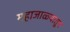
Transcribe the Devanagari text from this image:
महाजाळ्यातून